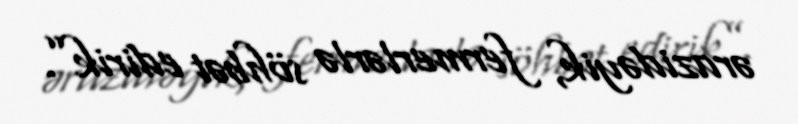
ərazidəyik, fermerlərlə söhbət edirik”.